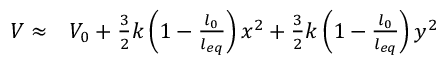
\begin{array} { r l } { V \approx } & { { } V _ { 0 } + \frac { 3 } { 2 } k \left( 1 - \frac { l _ { 0 } } { l _ { e q } } \right) x ^ { 2 } + \frac { 3 } { 2 } k \left( 1 - \frac { l _ { 0 } } { l _ { e q } } \right) y ^ { 2 } } \end{array}